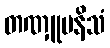
တဏှူပနိသံ